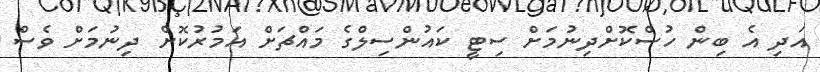
އަދި އެ ބިން ހުސްކޮށްދިނުމަށް ސިޓީ ކައުންސިލްގެ މައްޗަށް އަމުރުކޮށް ދިނުމަށް ވެސް